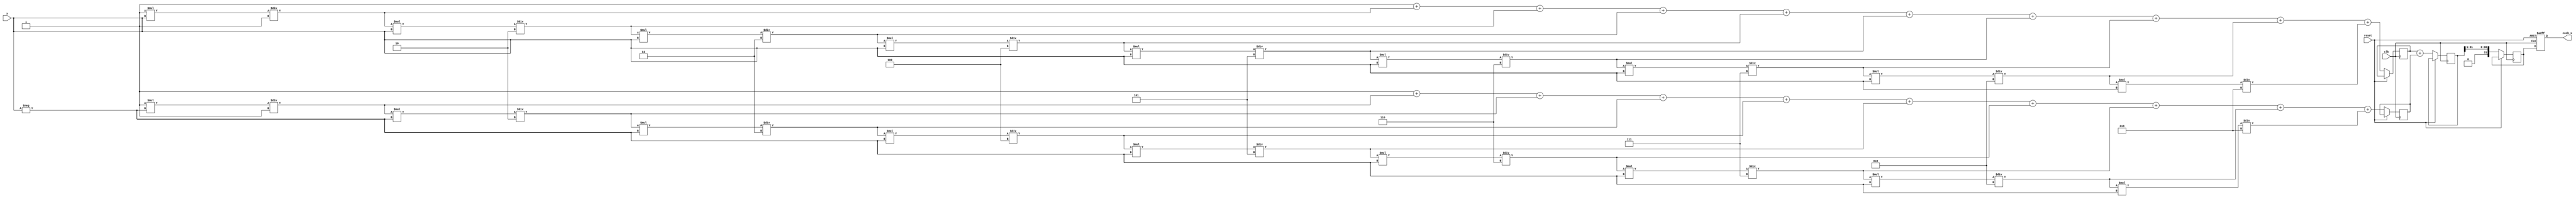
module hyperbolic_cosh (
    input wire [31:0] x,          // Input value (fixed-point representation)
    output reg [31:0] cosh_x,     // Output value (fixed-point representation)
    input wire clk,                // Clock signal
    input wire reset               // Reset signal
);

    // Parameters
    parameter EXP_WIDTH = 32;     // Width of the exponential output
    parameter ITERATIONS = 10;     // Number of iterations for Taylor series

    // Internal signals
    reg [EXP_WIDTH-1:0] exp_x;     // e^x
    reg [EXP_WIDTH-1:0] exp_neg_x; // e^-x
    reg [EXP_WIDTH-1:0] sum;        // Sum of e^x and e^-x
    reg [EXP_WIDTH-1:0] half;       // Half of the sum

    // Exponential function using Taylor series
    function [EXP_WIDTH-1:0] exp_func;
        input [31:0] value; // Input value for e^x
        integer i;
        reg [EXP_WIDTH-1:0] term;
        reg [EXP_WIDTH-1:0] result;
        begin
            result = 32'h00000001; // e^0 = 1
            term = 32'h00000001;   // First term of the series
            for (i = 1; i < ITERATIONS; i = i + 1) begin
                term = term * value / i; // Calculate the next term
                result = result + term;   // Add to the result
            end
            exp_func = result; // Return the computed e^x
        end
    endfunction

    // Main process
    always @(posedge clk or posedge reset) begin
        if (reset) begin
            cosh_x <= 32'b0;
        end else begin
            exp_x <= exp_func(x);                 // Calculate e^x
            exp_neg_x <= exp_func(-x);            // Calculate e^-x
            sum <= exp_x + exp_neg_x;             // Sum e^x and e^-x
            half <= sum >> 1;                      // Divide by 2 (right shift)
            cosh_x <= half;                        // Output the result
        end
    end

endmodule